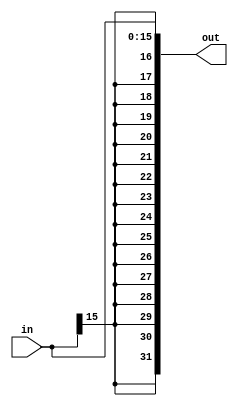
/*
  MIPS SINGLE CYCLE CPU IMPLEMENTED BY :   
  ARDESHIR  ALIREZA 
  92213118  92213034
*/
module SignExtend (
  
  input [15:0] in,
  output [31:0] out
  );
  
  //assign out = (in[15]==1) ? {4'hFFFF,in} : {4'h0000,in};
 // assign out = {16 in[15], in[15,0]};
  assign out[0]=in[0];
  assign out[1]=in[1];
  assign out[2]=in[2];
  assign out[3]=in[3];
  assign out[4]=in[4];
  assign out[5]=in[5];
  assign out[6]=in[6];
  assign out[7]=in[7];
  assign out[8]=in[8];
  assign out[9]=in[9];
  assign out[10]=in[10];
  assign out[11]=in[11];
  assign out[12]=in[12];
  assign out[13]=in[13];
  assign out[14]=in[14];
  assign out[15]=in[15];
  assign out[16]=in[15];
  assign out[17]=in[15];
  assign out[18]=in[15];
  assign out[19]=in[15];
  assign out[20]=in[15];
  assign out[21]=in[15];
  assign out[22]=in[15];
  assign out[23]=in[15];
  assign out[24]=in[15];
  assign out[25]=in[15];
  assign out[26]=in[15];
  assign out[27]=in[15];
  assign out[28]=in[15];
  assign out[29]=in[15];
  assign out[30]=in[15];
  assign out[31]=in[15];
   
endmodule